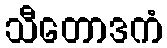
သီတောဒကံ